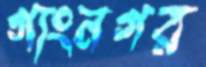
গাংনগর